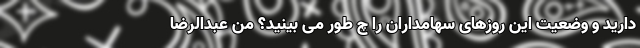
دارید و وضعیت این روزهای سهامداران را چ ‌طور می ‌بینید؟ من عبدالرضا